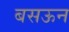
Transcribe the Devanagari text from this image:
बसऊन